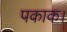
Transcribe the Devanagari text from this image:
पकाक।